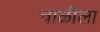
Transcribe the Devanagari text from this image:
चाळीला